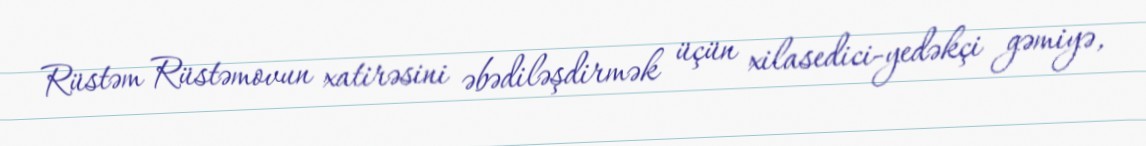
Rüstəm Rüstəmovun xatirəsini əbədiləşdirmək üçün xilasedici-yedəkçi gəmiyə,